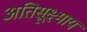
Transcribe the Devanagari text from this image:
अतिसूक्ष्माय